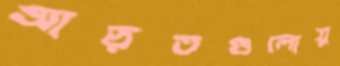
আড়তগুলোয়